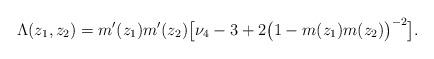
LaTeX: \begin{align*} \Lambda(z_1,z_2)=m'(z_1)m'(z_2)\bigl[\nu_4-3+2 \bigl(1-m(z_1)m(z_2)\bigr)^{-2} \bigr].\end{align*}